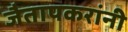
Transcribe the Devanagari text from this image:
जैतापकरांनी